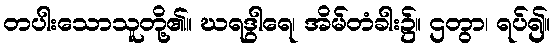
တပါးသောသူတို့၏။ ဃရဒွါရေ၊ အိမ်တံခါး၌။ ဌတွာ၊ ရပ်၍။